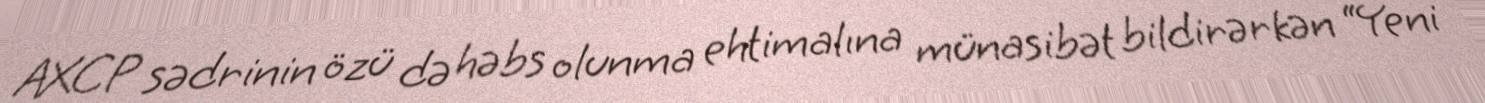
AXCP sədrinin özü də həbs olunma ehtimalına münasibət bildirərkən “Yeni